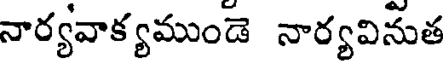
నార్యవాక్యముండె నార్యవినుత